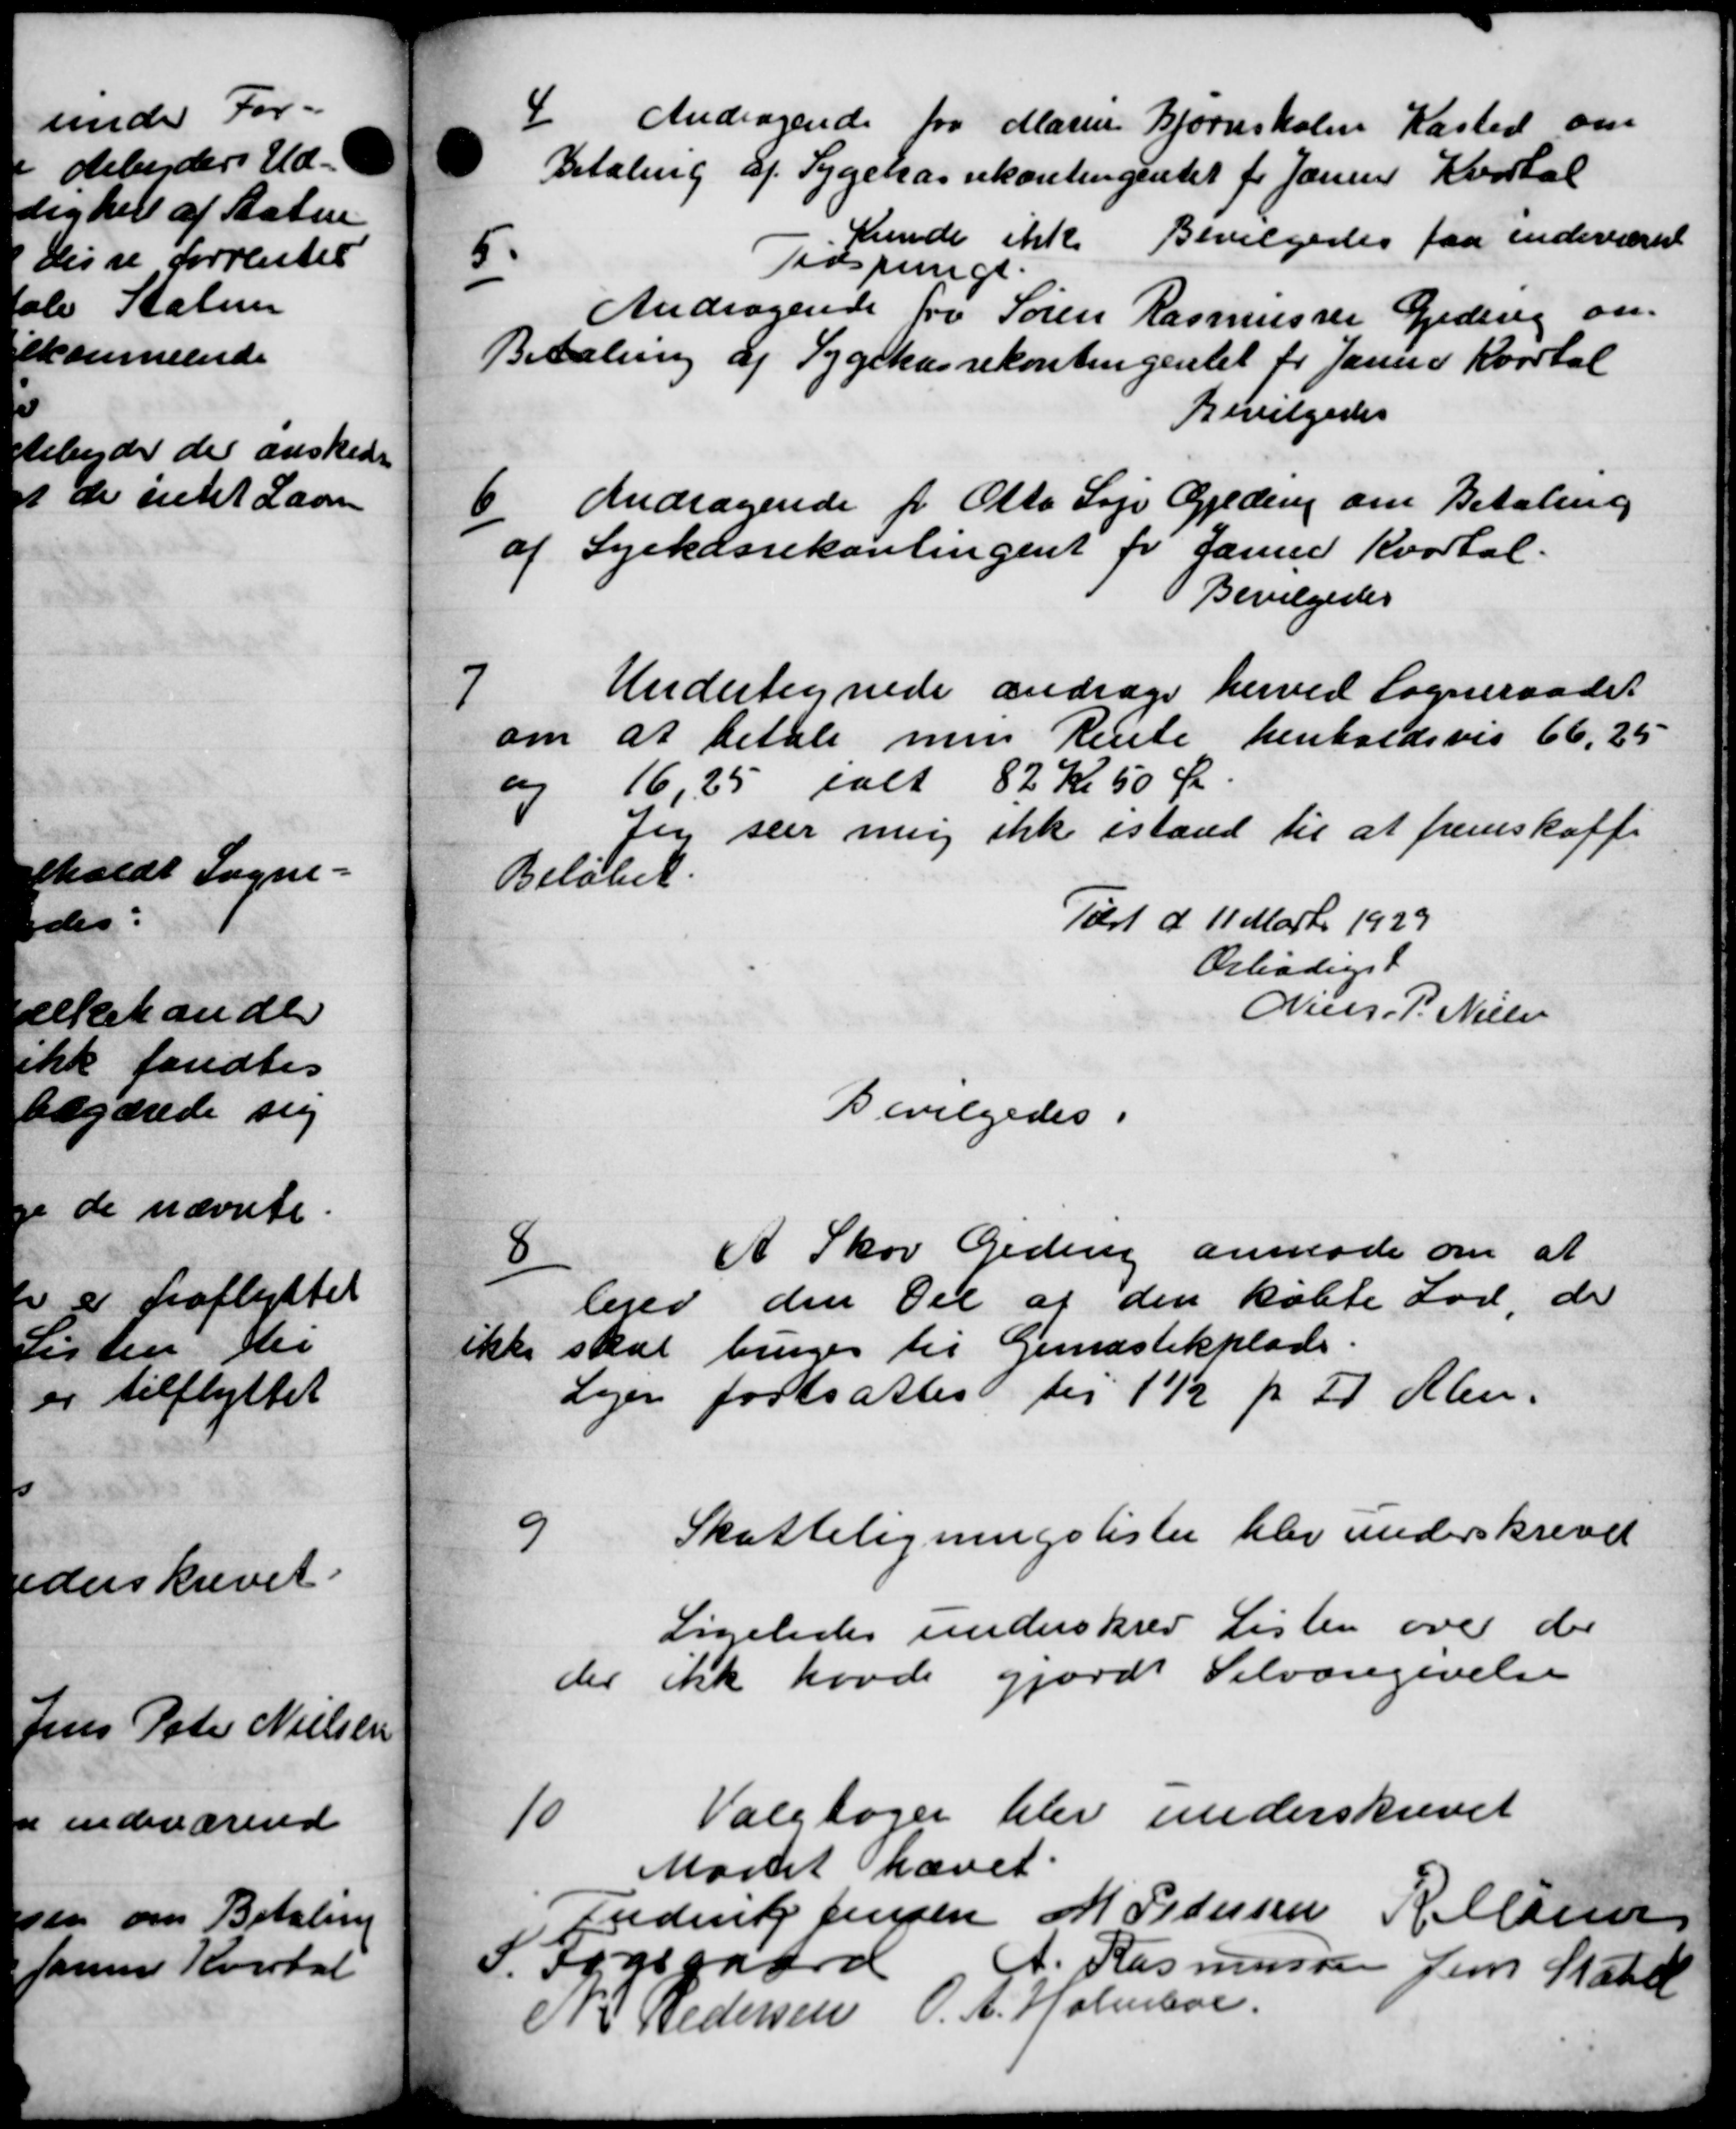
Transskription:
4
Andragende fra Marie Bjørnsholm Kasted om
Betaling af Sygekassekontingentet for Januar Kvartal
Kunde ikke Bevilgedes faa indeværet
5
Tidspunge.
Andragende fra Søren Rasmussen Geding an-
Betaling af Sygekassekontingentet for Januar Kvartal
Bevilgedes
6/
Andragende for Otto Læge Gjeding om Betaling
af Syekassekontingent for Januar Kvartal.
Bevilgedes
7
Undertegnede andrage herved Sogneraadet
om at betale men Rente henholdsvis 66,25
og 16,25 ialt 82 Kr 50 Ør.
Jeg seer mig ikke istand til at fremskaffe
Beløbet.
Tæst d 11 Marts 1929
Orbødigst
Niels P. Nielsen
Bevilgedes.
8
A Skov Geden anmode om at
lejer den Del af den købte Lod, de
ikke skal bruges til Gemnastikplads
Lejen fastsattes til 1½ pr 2 Alen.
9
Skatteligningslister blev underskrevet
Ligeledes underskrev Listen over der
der ikke havde gjorde Selvangivelse
10
Valgbøger blev underskrevet
Mødet hævet.
Frederitz Jensen M Pedersen R. Clasen
S. Fogsgaard A. Rasmussen Jens Statel
N. P Pedersen O. A. Holmboe